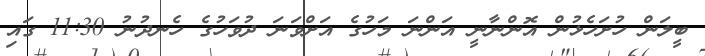
ބީލަން ހުށަހެޅުން އޮންނާނީ އަންނަ މަހުގެ އަށްވަނަ ދުވަހުގެ ހެނދުނު 11:30 ގައި